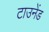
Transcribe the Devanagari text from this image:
टाउनेंड